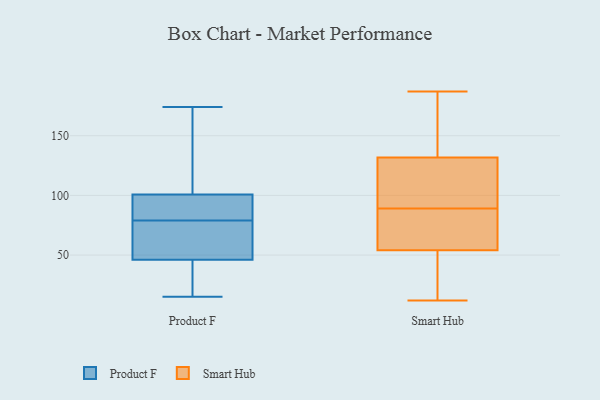
{"axis": {"x": "LTV (USD)", "y": "Value"}, "legend": ["Product F", "Smart Hub"], "data": [{"x": "", "y": 174, "type": "Product F"}, {"x": "", "y": 137, "type": "Product F"}, {"x": "", "y": 79, "type": "Product F"}, {"x": "", "y": 79, "type": "Product F"}, {"x": "", "y": 15, "type": "Product F"}, {"x": "", "y": 112, "type": "Product F"}, {"x": "", "y": 86, "type": "Product F"}, {"x": "", "y": 20, "type": "Product F"}, {"x": "", "y": 77, "type": "Product F"}, {"x": "", "y": 94, "type": "Product F"}, {"x": "", "y": 97, "type": "Product F"}, {"x": "", "y": 54, "type": "Product F"}, {"x": "", "y": 22, "type": "Product F"}, {"x": "", "y": 30, "type": "Smart Hub"}, {"x": "", "y": 62, "type": "Smart Hub"}, {"x": "", "y": 13, "type": "Smart Hub"}, {"x": "", "y": 71, "type": "Smart Hub"}, {"x": "", "y": 125, "type": "Smart Hub"}, {"x": "", "y": 187, "type": "Smart Hub"}, {"x": "", "y": 12, "type": "Smart Hub"}, {"x": "", "y": 175, "type": "Smart Hub"}, {"x": "", "y": 84, "type": "Smart Hub"}, {"x": "", "y": 114, "type": "Smart Hub"}, {"x": "", "y": 89, "type": "Smart Hub"}, {"x": "", "y": 106, "type": "Smart Hub"}, {"x": "", "y": 152, "type": "Smart Hub"}]}